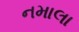
નમાલા